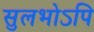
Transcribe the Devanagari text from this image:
सुलभोऽपि